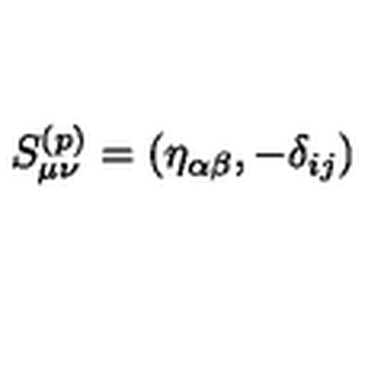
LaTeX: S _ { \mu \nu } ^ { ( p ) } = ( \eta _ { \alpha \beta } , - \delta _ { i j } )